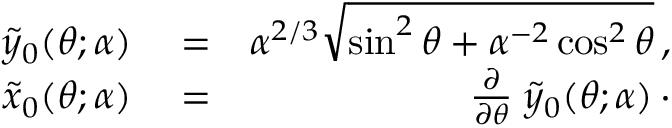
\begin{array} { r l r } { \tilde { y } _ { 0 } ( \theta ; \alpha ) } & { { } = } & { \alpha ^ { 2 / 3 } \sqrt { \sin ^ { 2 } \theta + \alpha ^ { - 2 } \cos ^ { 2 } \theta } \, , } \\ { \tilde { x } _ { 0 } ( \theta ; \alpha ) } & { { } = } & { \frac { \partial } { \partial \theta } \; \tilde { y } _ { 0 } ( \theta ; \alpha ) \, \cdot } \end{array}